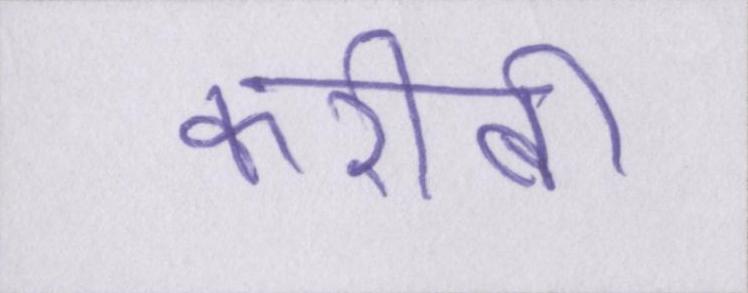
करीबी